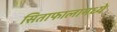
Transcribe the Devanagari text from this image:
सिताफालामध्ये